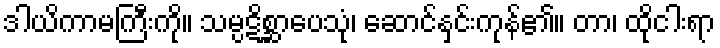
ဒါယိကာမကြီးကို။ သမ္ပဋိစ္ဆာပေသုံ၊ ဆောင်နှင်းကုန်၏။ တာ၊ ထိုငါးရာ